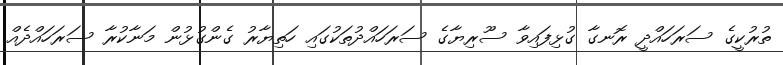
ތުރުކީގެ ސަރަހައްދީ ރޮނގާ ގުޅިފައިވާ ސޫރިޔާގެ ސަރަހައްދުތަކުގައި ހަތިޔާރު ގެންގުޅުން މަނާކުރާ ސަރަހައްދެއް